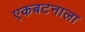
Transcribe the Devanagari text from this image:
एकबटनाला